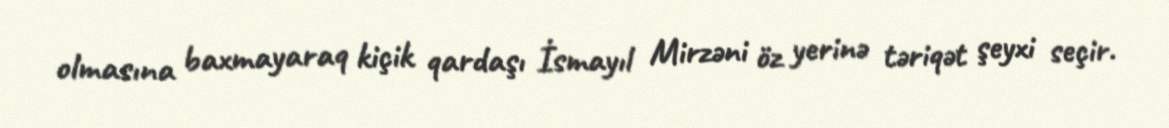
olmasına baxmayaraq kiçik qardaşı İsmayıl Mirzəni öz yerinə təriqət şeyxi seçir.